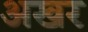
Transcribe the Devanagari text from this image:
अखर